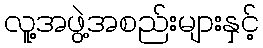
လူ့အဖွဲ့အစည်းများနှင့်